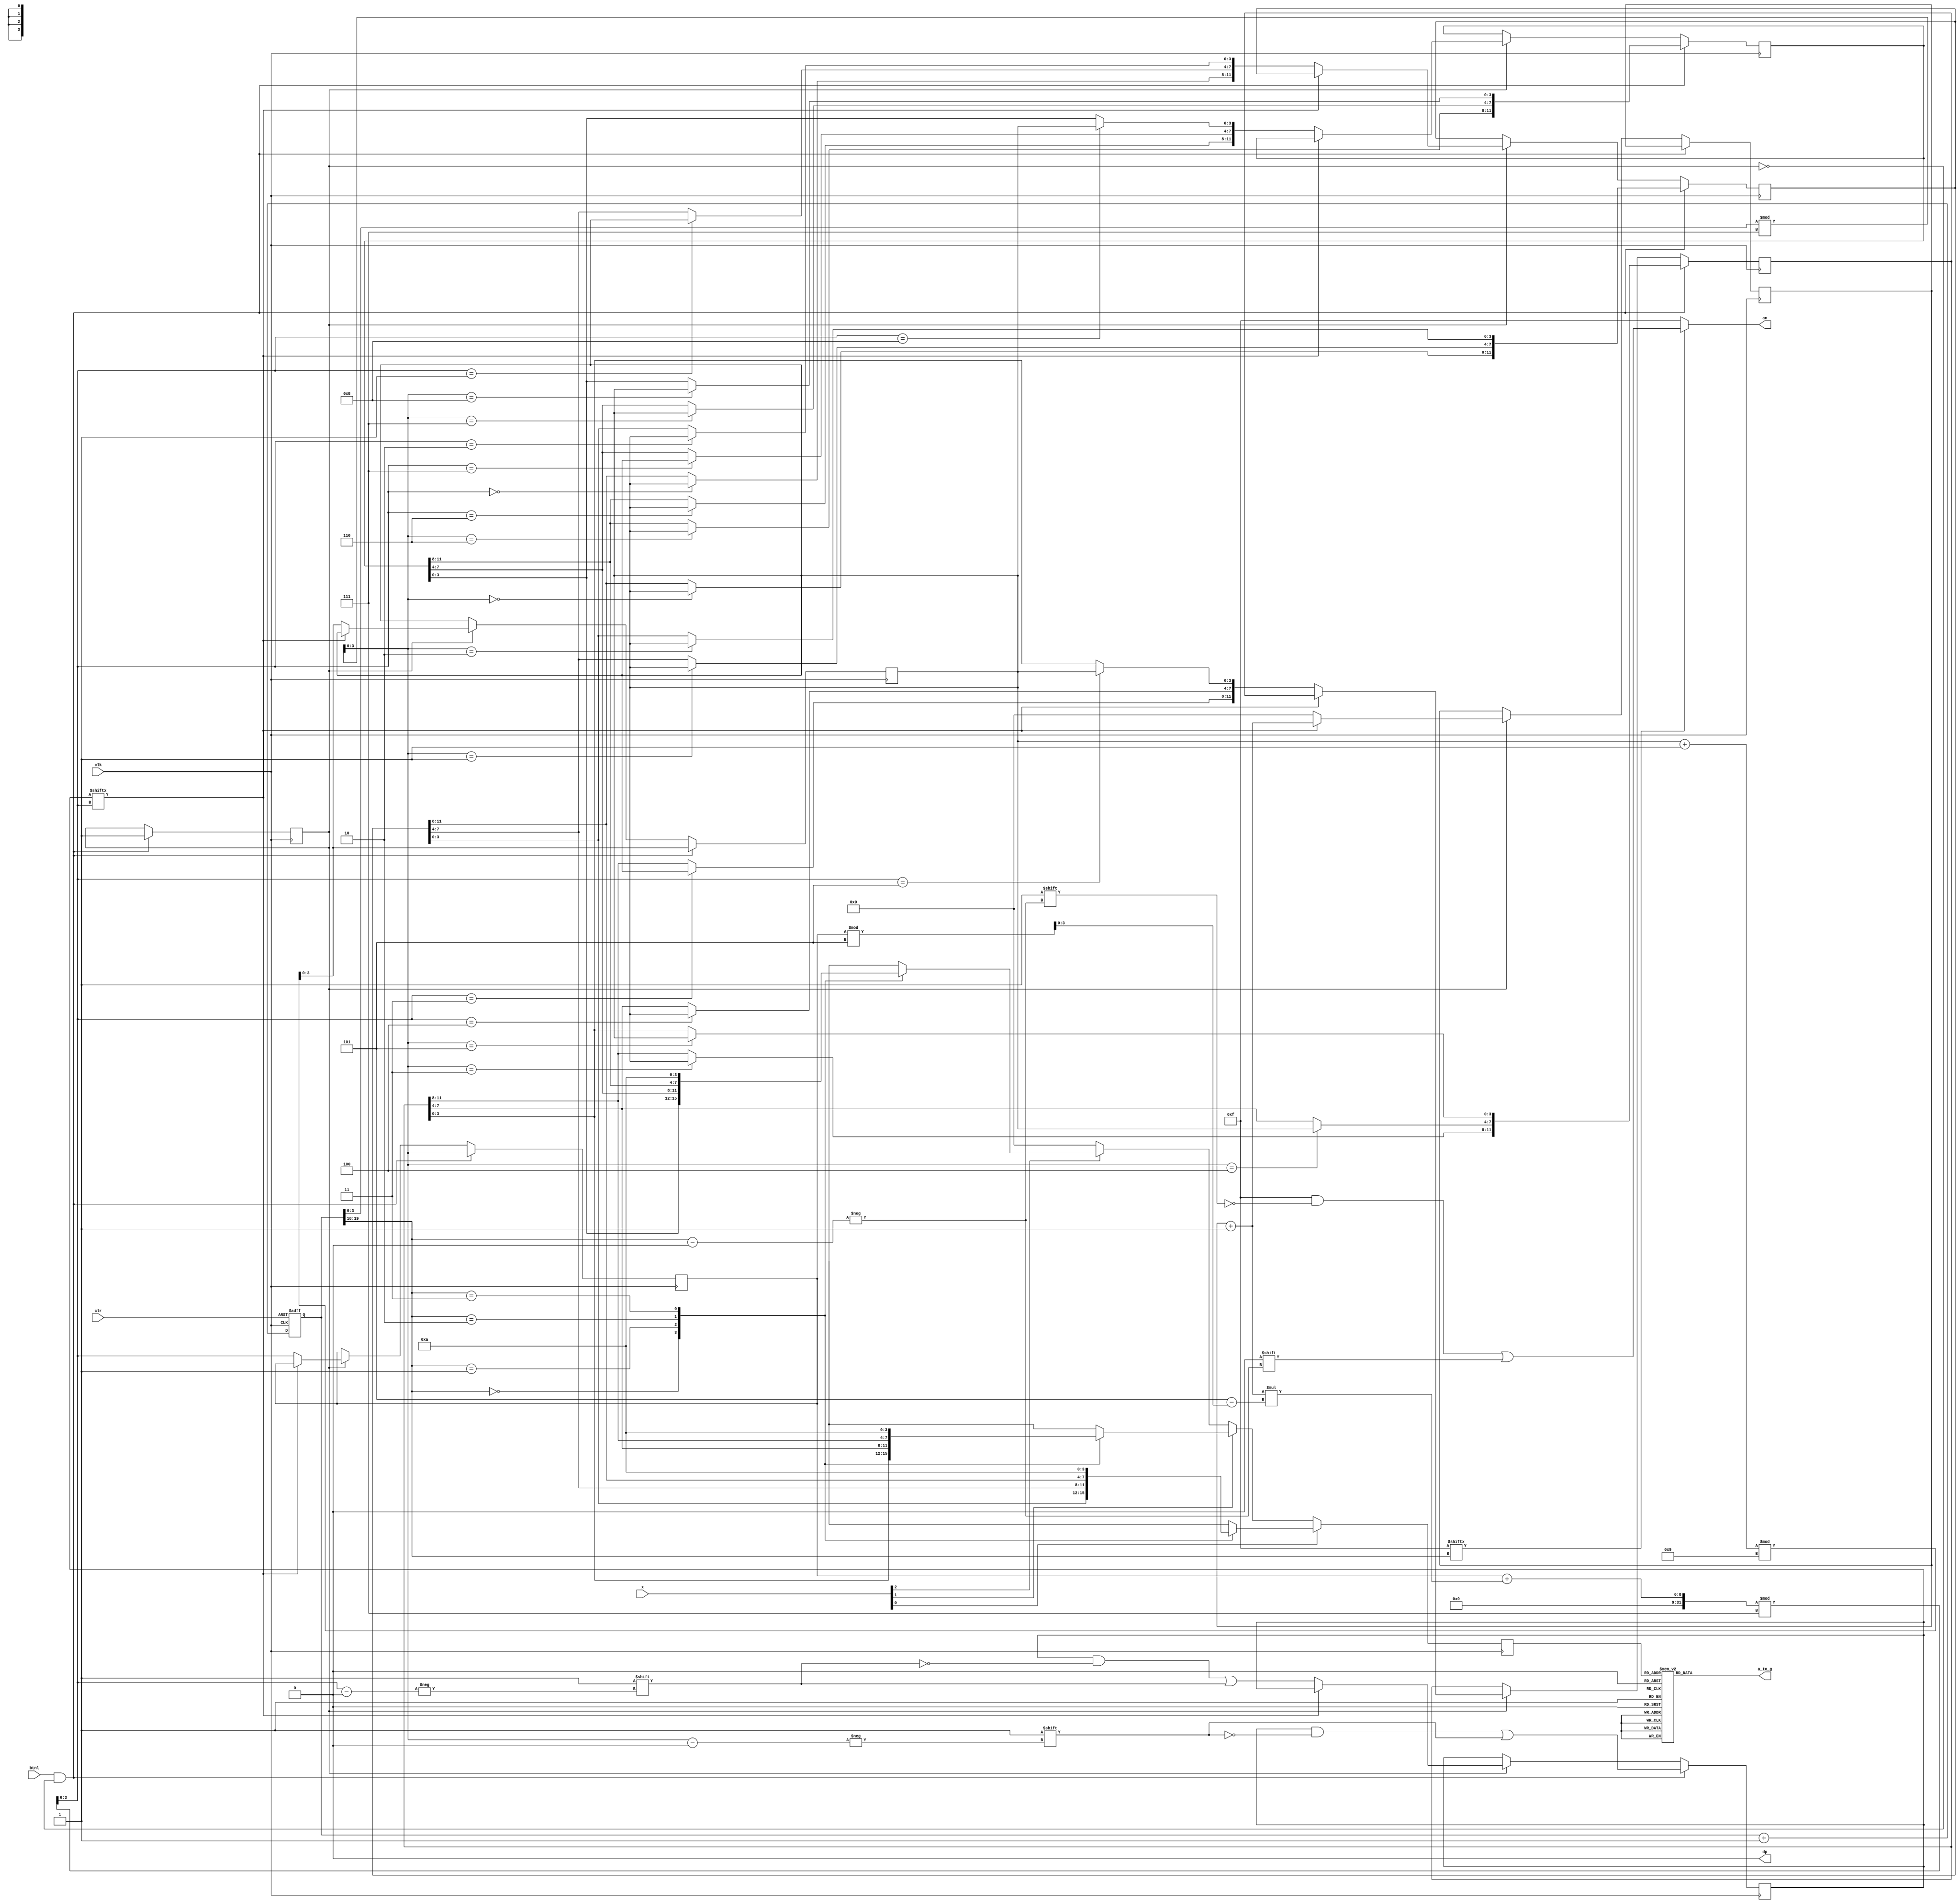
`timescale 1ns / 1ps

//////////////////////////////////////////////////////////////////////////////////
// Company: 
// Engineer: 
// 
// Design Name: 
// Module Name:    seg7decimal 
// Project Name: 
// Target Devices: 
// Tool versions: 
// Description: 
//
// Dependencies: 
//
// Revision: 
// Revision 0.01 - File Created
// Additional Comments: 
//
//////////////////////////////////////////////////////////////////////////////////
module seg7decimal(

	input [15:0] x,
    input clk,
    input clr,
    output reg [6:0] a_to_g,
    output reg [3:0] an,
    output wire dp ,
    input btnl
	 );
	 
reg [3:0] offset;
wire [1:0] s;	
reg [3:0] j=0; 
reg [8:0] whichdone;
initial begin
whichdone=9'b000000000;//which matrix slot already has a number
end
reg [3:0] digit;
reg [3:0] to_digit;
reg [3:0] todisplay;
wire [3:0] aen;
reg [19:0] clkdiv;
reg [3:0] lol;
reg [11:0] row1;//matrix rows
reg [11:0] row2;
reg [11:0] row3;
reg btnonce=0;
//assign btnonce=2'b01;


always @(posedge clk)// or posedge clr)
if(btnl==1 && btnonce!=1)
begin
   
   digit=clkdiv[3:0];
   digit=digit%7;
   btnonce=1'b1;
  // if(whichdone[digit]==0)
   //begin
   whichdone[digit]=1;
   case (digit)
   0:row1[11:8]=lol[3:0];
   1:row1[7:4]=lol[3:0];
   2:row1[3:0]=lol[3:0];
   3:row2[11:8]=lol[3:0];
   4:row2[7:4]=lol[3:0];
   5:row2[3:0]=lol[3:0];
   6:row3[11:8]=lol[3:0];
   7:row3[7:4]=lol[3:0];
   8:row3[3:0]=lol[3:0];
   
   
   endcase
   lol=lol+1;
   lol=lol%9;
   //btnonce=1;
   //end
   
end    
else if (btnonce==1)
begin
j=j+1;
offset=5-digit%5;
to_digit=((digit+j*offset)%7);


 if(whichdone[to_digit]==0)
begin
j=0;
whichdone[to_digit]=1;
case (to_digit)
0:row1[11:8]=lol[3:0];
1:row1[7:4]=lol[3:0];
2:row1[3:0]=lol[3:0];
3:row2[11:8]=lol[3:0];
4:row2[7:4]=lol[3:0];
5:row2[3:0]=lol[3:0];
6:row3[11:8]=lol[3:0];
7:row3[7:4]=lol[3:0];
8:row3[3:0]=lol[3:0];


endcase
digit=to_digit;
lol=lol+1;
lol=lol%9;
end
//else
//begin
//digit=digit+1;
//digit=digit%9;
//end
end 
/* 
else if(lol==8)
begin

if(whichdone[7]==0)
begin 
row3[7:4]=lol[3:0];
lol=lol+1;

end
else if(whichdone[8]==0)
begin 
row3[3:0]=lol[3:0];
lol=lol+1;

end
*/
initial begin
//btnonce=1'b0;
lol=4'b0001; //number to be entered in the matrix
row1=12'b000000000000;
row2=12'b000000000000;
row3=12'b000010000000;
end
   
assign dp = 0;
assign s = clkdiv[19:18];
assign aen = 4'b1111; // all turned off initially
/*
// quad 4to1 MUX.
always @(posedge clk)
if(btnonce==1)
begin
digit=((digit*7)%17)%9;
digit=digit%9;

 if(whichdone[digit]==0)
begin
whichdone[digit]=1;
case (digit)
0:row1[11:8]=lol[3:0];
1:row1[7:4]=lol[3:0];
2:row1[3:0]=lol[3:0];
3:row2[11:8]=lol[3:0];
4:row2[7:4]=lol[3:0];
5:row2[3:0]=lol[3:0];
6:row3[11:8]=lol[3:0];
7:row3[7:4]=lol[3:0];
8:row3[3:0]=lol[3:0];


endcase
lol=lol+1;
lol=lol%9;
end
end
*/
always @(posedge clk)// or posedge clr)
if(x[0]==1)
begin	   
	case(s)
	
	
	
	0:todisplay = row1[3:0]; // s is 00 -->0 ;  digit gets assigned 4 bit value assigned to x[3:0]
	1:todisplay= row1[7:4]; // s is 01 -->1 ;  digit gets assigned 4 bit value assigned to x[7:4]
	2:todisplay= row1[11:8]; // s is 10 -->2 ;  digit gets assigned 4 bit value assigned to x[11:8
	3:todisplay = 10; // s is 11 -->3 ;  digit gets assigned 4 bit value assigned to x[15:12]
	//	default:digit = x[3:0];
	
	endcase
end	
else if(x[1]==1)
begin	   
	case(s)
	
	
	
	0:todisplay = row2[3:0]; // s is 00 -->0 ;  digit gets assigned 4 bit value assigned to x[3:0]
	1:todisplay = row2[7:4]; // s is 01 -->1 ;  digit gets assigned 4 bit value assigned to x[7:4]
	2:todisplay= row2[11:8];
	3:todisplay = 10; // s is 10 -->2 ;  digit gets assigned 4 bit value assigned to x[11:8
	//3:digit = x[15:12]; // s is 11 -->3 ;  digit gets assigned 4 bit value assigned to x[15:12]
	//	default:digit = x[3:0];
	
	endcase
end	
else if(x[2]==1)
begin	   
	case(s)
	
	
	
	0:todisplay= row3[3:0]; // s is 00 -->0 ;  digit gets assigned 4 bit value assigned to x[3:0]
        1:todisplay = row3[7:4]; // s is 01 -->1 ;  digit gets assigned 4 bit value assigned to x[7:4]
        2:todisplay = row3[11:8]; // s is 10 -->2 ;  digit gets assigned 4 bit value assigned to x[11:8
	3:todisplay = 10;
	endcase
end	
else
 todisplay=0;
	//decoder or truth-table for 7a_to_g display values
	always @(*)

case(todisplay)


//////////<---MSB-LSB<---
//////////////gfedcba////////////////////////////////////////////              a
0:a_to_g = 7'b1000000;////0000												   __					
1:a_to_g = 7'b1111001;////0001												f/	  /b
2:a_to_g = 7'b0100100;////0010												  g
//                                                                           __	
3:a_to_g = 7'b0110000;////0011										 	 e /   /c
4:a_to_g = 7'b0011001;////0100												 __
5:a_to_g = 7'b0010010;////0101                                               d  
6:a_to_g = 7'b0000010;////0110
7:a_to_g = 7'b1111000;////0111
8:a_to_g = 7'b0000000;////1000
9:a_to_g = 7'b0010000;////1001
10: a_to_g=7'b1111111;
'hA:a_to_g = 7'b0111111; // dash-(g)
'hB:a_to_g = 7'b1111111; // all turned off
'hC:a_to_g = 7'b1110111;

default: a_to_g = 7'b0000000; // U

endcase


always @(*)begin
an=4'b1111;
if(aen[s] == 1)
an[s] = 0;
end


//clkdiv
always @(posedge clk or posedge clr) begin
if ( clr == 1)
begin
clkdiv <= 0;
//lol<=1;
end
else
clkdiv <= clkdiv+1;
end


endmodule